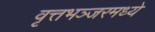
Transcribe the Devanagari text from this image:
वृत्तभञ्जरमध्ये